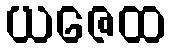
ယဇေထ